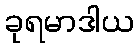
ခုရမာဒါယ